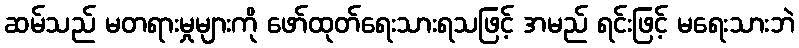
ဆမ်သည် မတရားမှုများကို ဖော်ထုတ်ရေးသားရသဖြင့် အမည် ရင်းဖြင့် မရေးသားဘဲ